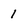
Character: 1